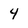
Character: 4